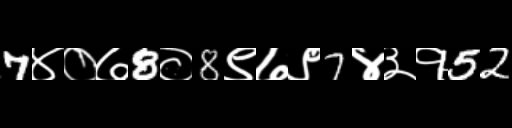
Text: 7४०७8०8९७९7४३१52